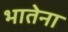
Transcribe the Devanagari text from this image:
भातेना